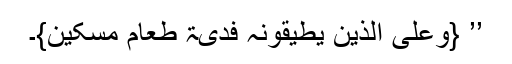
’’ {وَعَلَی الَّذِیْنَ یُطِیْقُوْنَہٗ فِدْیَۃٌ طَعَامُ مِسْکِیْنٍ}۔